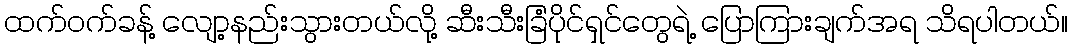
ထက်ဝက်ခန့် လျော့နည်းသွားတယ်လို့ ဆီးသီးခြံပိုင်ရှင်တွေရဲ့ ပြောကြားချက်အရ သိရပါတယ်။